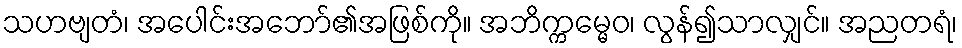
သဟဗျတံ၊ အပေါင်းအဘော်၏အဖြစ်ကို။ အဘိက္ကမ္မေဝ၊ လွန်၍သာလျှင်။ အညတရံ၊